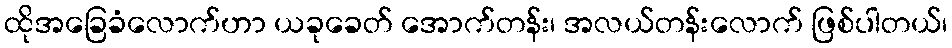
ထိုအခြေခံလောက်ဟာ ယခုခေတ် အောက်တန်း၊ အလယ်တန်းလောက် ဖြစ်ပါတယ်၊